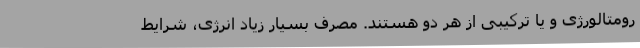
رومتالورژی و یا ترکیبی از هر دو هستند. مصرف بسیار زیاد انرژی، شرایط